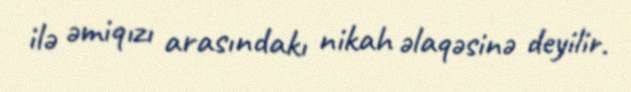
ilə əmiqızı arasındakı nikah əlaqəsinə deyilir.